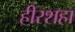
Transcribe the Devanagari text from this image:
हीरशहा